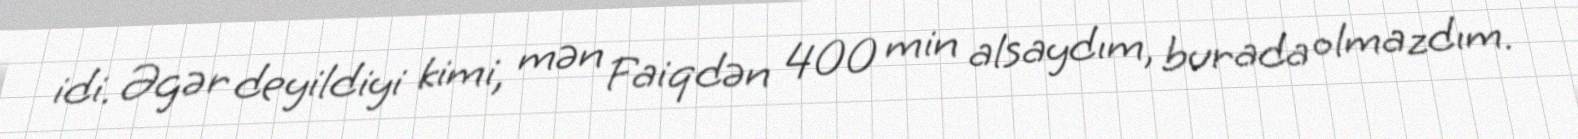
idi. Əgər deyildiyi kimi, mən Faiqdən 400 min alsaydım, burada olmazdım.